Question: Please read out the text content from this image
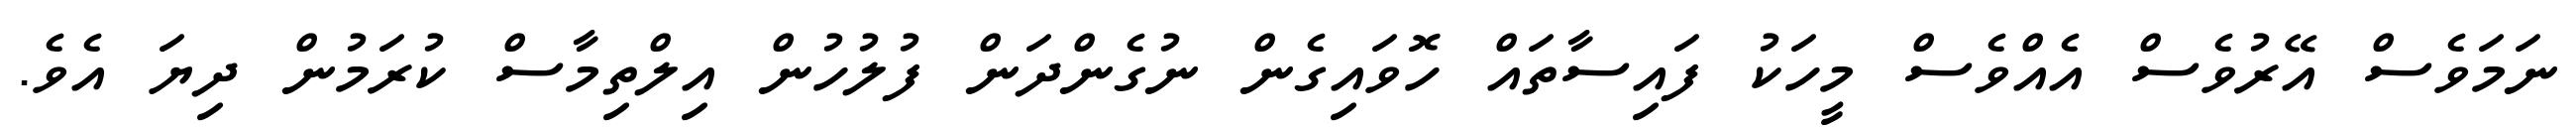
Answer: ނަމަވެސް އޭރުވެސް އެއްވެސް މީހަކު ފައިސާތައް ހޮވައިގެން ނުގެންދަން ފުލުހުން އިލްތިމާސް ކުރަމުން ދިޔަ އެވެ.